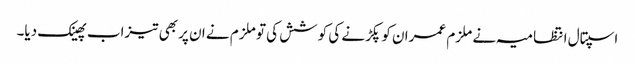
اسپتال انتظامیہ نے ملزم عمران کو پکڑنے کی کوشش کی تو ملزم نے ان پر بھی تیزاب پھینک دیا۔